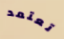
تعتمد